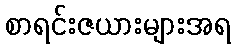
စာရင်းဇယားများအရ